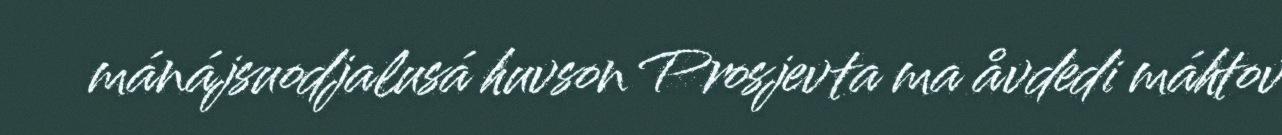
mánájsuodjalusá huvson Prosjevta ma åvdedi máhtov